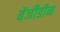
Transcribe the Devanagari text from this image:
बेंजीडीन